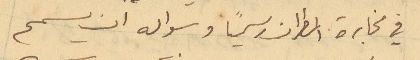
في مخابرة المطران رسمياً وسواله ان يسمح